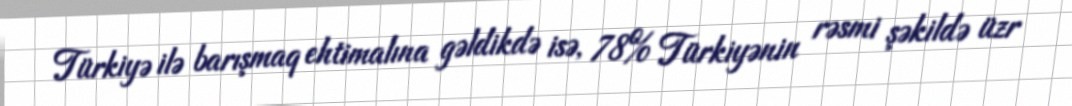
Türkiyə ilə barışmaq ehtimalına gəldikdə isə, 78% Türkiyənin rəsmi şəkildə üzr